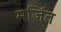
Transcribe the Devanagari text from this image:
मर्जित